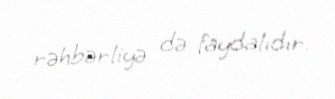
rəhbərliyə də faydalıdır.